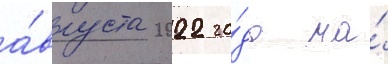
а́вгуста 2022 го́да на́